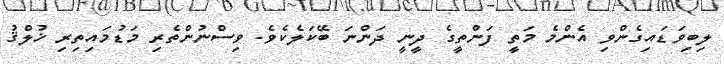
ލިބިވަޑައިގެންވި އެންމެ މަތީ ފަންތީގެ ދީނީ ދަންނަ ބޭކަލެކެވެ. ވިސްނުންތެރި މަޑުމައިތިރި ޚުލްޤު